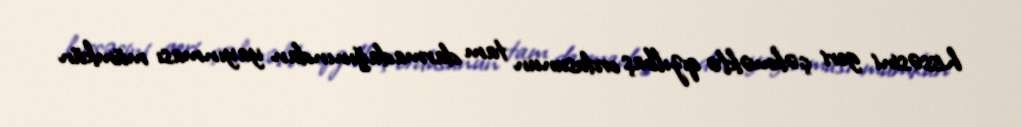
hissəsini geri çəkməklə qızılbaş ordusunun tam darmadağınından yayınması mümkün